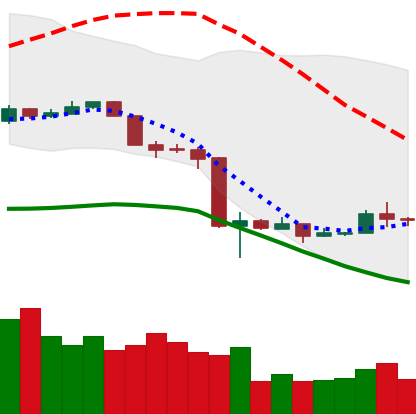
Ticker: NEO-USD
Chart end date: 2020-03-21
Forward return: 12.481%
Label: up_7plus